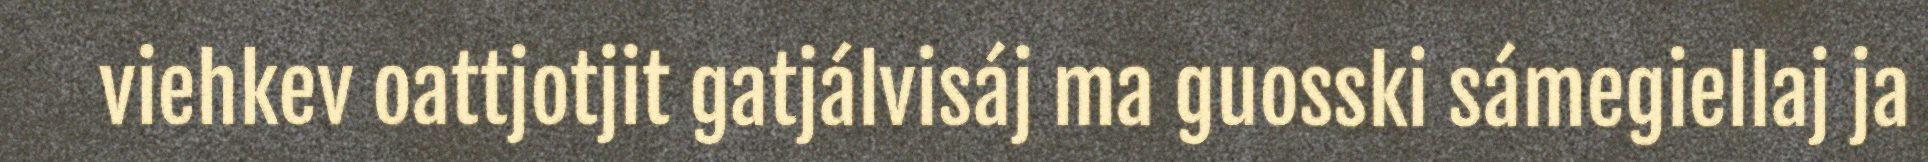
viehkev oattjotjit gatjálvisáj ma guosski sámegiellaj ja